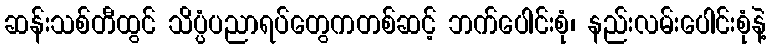
ဆန်းသစ်တီထွင် သိပ္ပံပညာရပ်တွေကတစ်ဆင့် ဘက်ပေါင်းစုံ၊ နည်းလမ်းပေါင်းစုံနဲ့